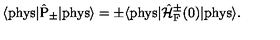
\langle \mathrm { p h y s } | \hat { \mathrm { P } } _ { \pm } | \mathrm { p h y s } \rangle = \pm \langle \mathrm { p h y s } | \hat { \cal H } _ { \mathrm { F } } ^ { \pm } ( 0 ) | \mathrm { p h y s } \rangle .